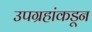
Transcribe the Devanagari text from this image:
उपग्रहांकडून